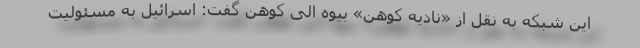
این شبکه به نقل از «نادیه کوهن» بیوه الی کوهن گفت: اسرائیل به مسئولیت